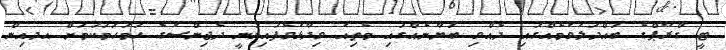
ޓީ ގްރޫޕްގެ ބައްދަލުވުމެއްގައި ދެއްވި ބަޔާނެއްގައި މެތިއު ވިދާޅުވެފައިވަނީ ދެޖިންސުގެ ހަމަހަމަކަމަށް އދއިން